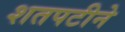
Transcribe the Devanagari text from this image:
शतपटीने